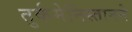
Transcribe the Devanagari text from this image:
तुर्कमेनिस्तानने